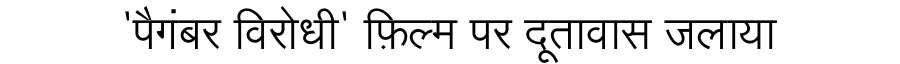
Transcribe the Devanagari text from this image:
'पैगंबर विरोधी' फ़िल्म पर दूतावास जलाया